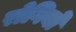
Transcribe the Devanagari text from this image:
राेगियों